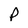
Character: P